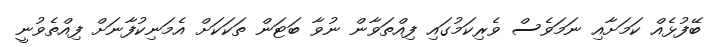
ބޭފުޅެއް ކަމަށާއި ނަމަވެސް ވެރިކަމުގައި ފިއްތަވާން ނުވާ ބަޓަން ތަކަކަށް އެމަނިކުފާނަށް ފިއްތެވުނީ